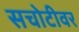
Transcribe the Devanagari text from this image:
सचोटीवर